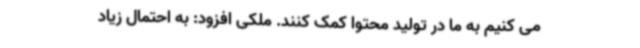
می کنیم به ما در تولید محتوا کمک کنند. ملکی افزود: به احتمال زیاد